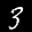
Label: 3